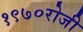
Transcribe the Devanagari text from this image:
१९७०रोजी